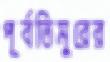
পূর্বতিমুরের